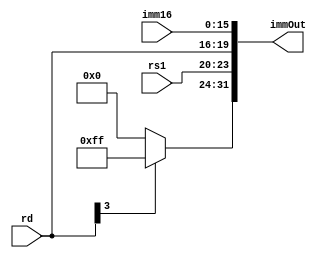
module immTo26(			   
	input wire [3:0] rs1,
	input wire [3:0] rd,
	input wire [15:0] imm16,
	output reg [31:0] immOut
	);
		
	always @*
		begin
			if (rd[3] == 1)
				begin
					immOut[31:24] = 255;
				end	
			else
				begin
					immOut[31:24] = 0;
				end
				
			immOut[23:20] <= rs1[3:0];
			immOut[19:16] <= rd[3:0]; 
			immOut[15:0] <= imm16[15:0];
		end
endmodule

`timescale 1ns/1ps

module immTo26_tb;

  reg [3:0] rs1;
  reg [3:0] rd;
  reg [15:0] imm16;
  wire [31:0] immOut;

  immTo26 uut (
    .rs1(rs1),
    .rd(rd),
    .imm16(imm16),
    .immOut(immOut)
  );

  initial begin
    // Testcase 1: Positive numbers
    rs1 = 4'b0010;
    rd = 4'b0101;
    imm16 = 16'h1234;
    #10;
    if (immOut !== 32'h00051234) $fatal("Testcase 1 failed");

    // Testcase 2: Maximum positive numbers
    rs1 = 4'b1111;
    rd = 4'b1111;
    imm16 = 16'hFFFF;
    #10;
    if (immOut !== 32'h00FFFFFF) $fatal("Testcase 2 failed");

    // Testcase 3: Zero
    rs1 = 4'b0000;
    rd = 4'b0000;
    imm16 = 16'h0000;
    #10;
    if (immOut !== 32'h00000000) $fatal("Testcase 3 failed");


    $stop; // Stop simulation
  end

endmodule